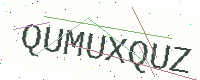
Text: QUMUXQUZ